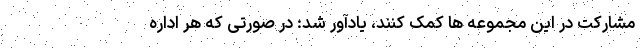
مشارکت در این مجموعه ها کمک کنند، یادآور شد: در صورتی که هر اداره